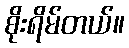
စိုးရိမ်တယ်။